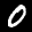
Label: 0